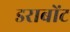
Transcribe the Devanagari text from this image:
डराबोंट